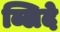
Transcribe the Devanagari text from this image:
ब्लिदे